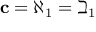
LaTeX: \mathbf { c } = \aleph _ { 1 } = \beth _ { 1 }